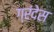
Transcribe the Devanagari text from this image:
ग्रंदेस